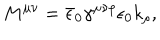
M ^ { \mu \nu } = \bar { \epsilon } _ { 0 } \gamma ^ { \mu \nu \rho } \epsilon _ { 0 } k _ { \rho } ,